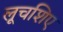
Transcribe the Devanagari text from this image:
लूचशिए